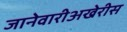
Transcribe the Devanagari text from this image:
जानेवारीअखेरीस